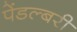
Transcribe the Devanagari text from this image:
पेंडल्बरी